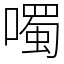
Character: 噣